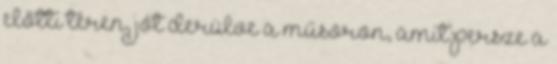
előtti téren, jót derülve a műsoron, amit persze a